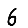
Digit: 6